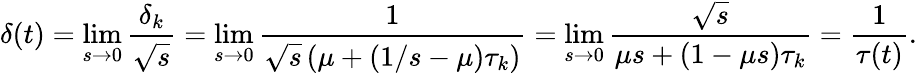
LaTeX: \delta(t)=\operatorname*{lim}_{s\rightarrow 0}\frac{\delta_{k}}{\sqrt{s}}=\operatorname*{lim}_{s\rightarrow 0}\frac{1}{\sqrt{s}\left(\mu+(1/s-\mu)\tau_{k}\right)}=\operatorname*{lim}_{s\rightarrow 0}\frac{\sqrt{s}}{\mu s+(1-\mu s)\tau_{k}}=\frac{1}{\tau(t)}.